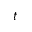
t